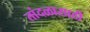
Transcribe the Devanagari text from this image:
तांदळासाठी